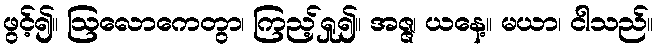
ဖွင့်၍။ ဩလောကေတွာ၊ ကြည့်ရှု၍။ အဇ္ဇ၊ ယနေ့။ မယာ၊ ငါသည်။